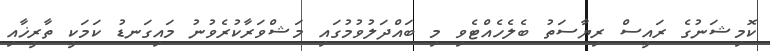
ކޮމިޝަނުގެ ރައީސް ރިޔާސަތު ބެލެހެއްޓެވި މި ބައްދަލުވުމުގައި މަޝްވަރާކުރެވުނު މައިގަނޑު ކަމަކީ ތާރީޚާއި